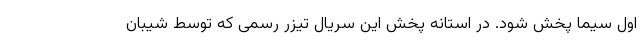
اول سیما پخش شود. در استانه پخش این سریال تیزر رسمی که توسط شیبان